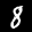
Label: 8